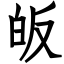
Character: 皈